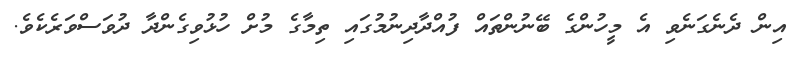
އިން ދެނެގަނެވި އެ މީހުންގެ ބޭނުންތައް ފުއްދާދިނުމުގައި ތިމާގެ މުށް ހުޅުވިގެންދާ ދުވަސްވަރެކެވެ.